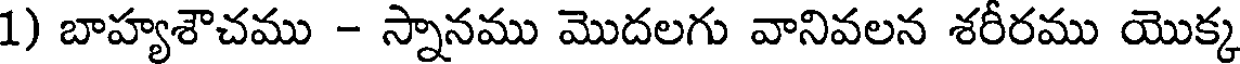
1) బాహ్యశౌచము - స్నానము మొదలగు వానివలన శరీరము యొక్క